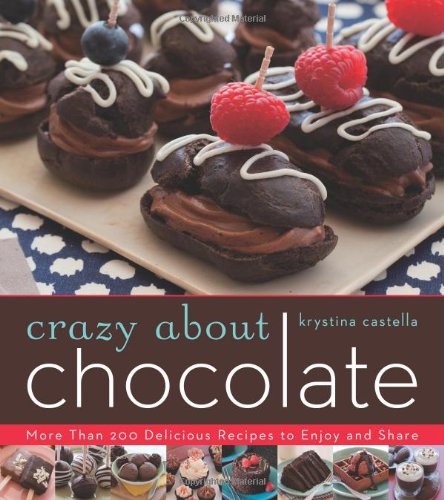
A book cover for Crazy About Chocolate: More than 200 Delicious Recipes to Enjoy and Share; Krystina Castella; Cookbooks, Food & Wine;